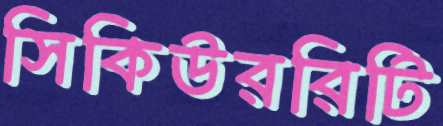
সিকিউররিটি